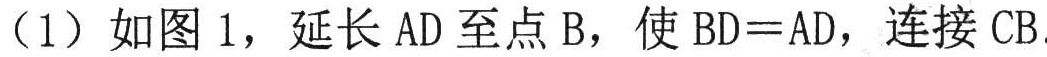
（1）如图 1，延长 \(AD\) 至点 \(B\)，使 \(BD = AD\)，连接 \(CB\)